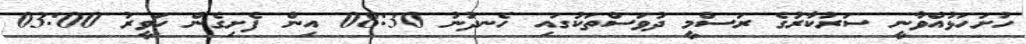
ހުށަހަޅުއްވާނީ ސަރުކާރުގެ ރަސްމީ ދުވަސްތަކުގައި ހެނދުނު 08:30 އިން ފެށިގެން ހަވީރު 03:00